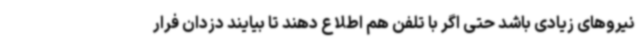
نیروهای زیادی باشد حتی اگر با تلفن هم اطلاع دهند تا بیایند دزدان فرار